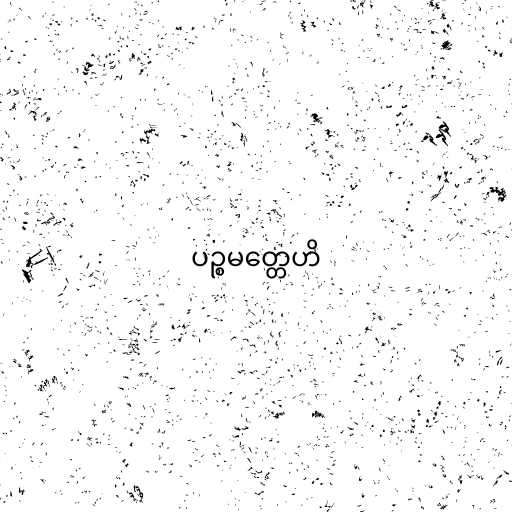
ပဉ္စမတ္တေဟိ